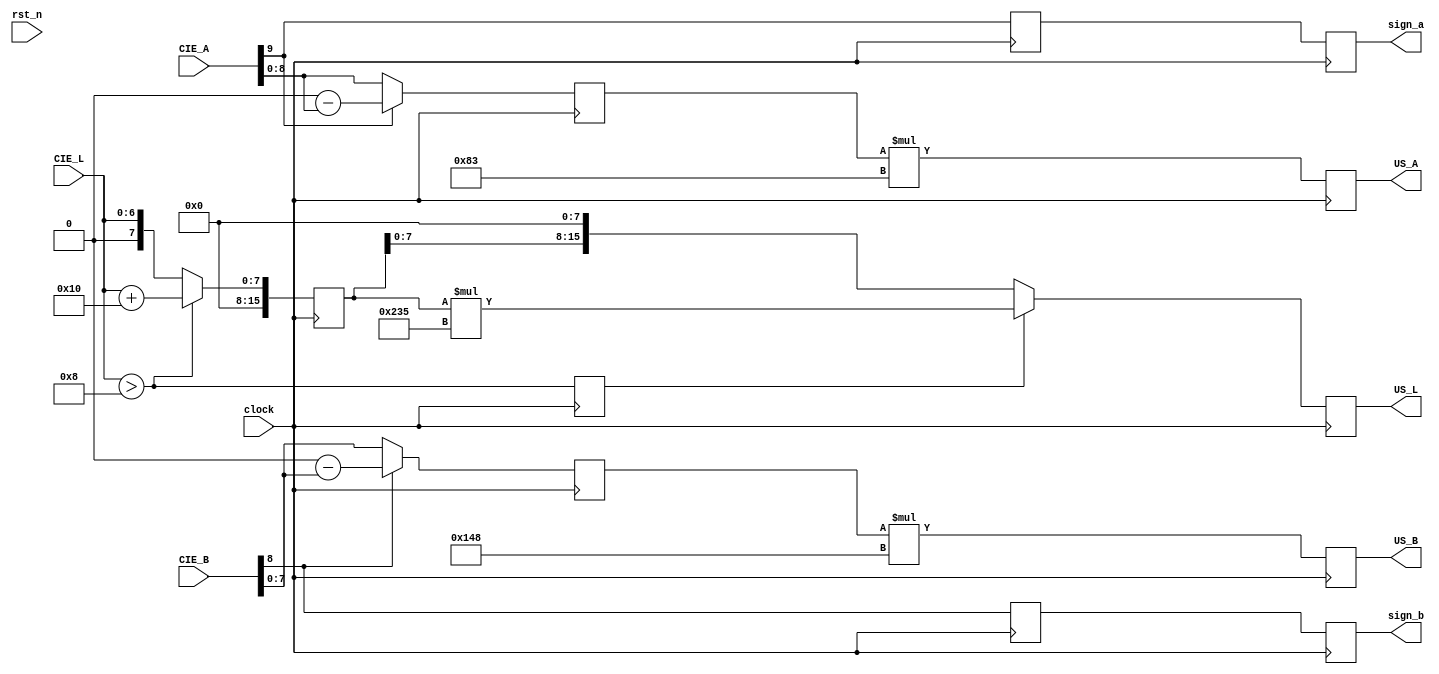
/****************************************
______________                ______________
______________ \  /\  /|\  /| ______________
______________  \/  \/ | \/ | ______________
--Module Name:  lab_map_space.v
--Project Name: rgb-lab
--Data modified: 2015-10-09 13:23:48 +0800
--author:Young-
--E-mail: wmy367@Gmail.com
****************************************/
`timescale 1ns/1ps
module lab_map_space #(
	parameter	DSIZE	= 16
)(
	input				clock  		,
	input				rst_n       ,
	input [6:0]			CIE_L       ,
	input [9:0] 		CIE_A       ,
	input [8:0]			CIE_B       ,
	output[DSIZE-1:0]	US_L        ,
	output[DSIZE-1:0]	US_A        ,
	output[DSIZE-1:0]	US_B        ,
	output				sign_a      ,
	output				sign_b
);

//--->> L / 116 <<------------

localparam [DSIZE-6:0]	M116	=  0.008620 * (2**DSIZE);
localparam [DSIZE-2:0]	M16		=   0.13793 * (2**DSIZE);

wire[DSIZE-5+7-1:0]	Mfy;
assign	Mfy	= CIE_L * M116;

reg [DSIZE-1:0]		Sfy;
reg	[DSIZE-2:0]		SM16;
reg					up8;

always@(posedge clock)begin
//	Sfy		<= Mfy[DSIZE-5+7-1-:DSIZE];
	Sfy		<= (CIE_L>8)? CIE_L + 16 : CIE_L;
	up8		<= CIE_L > 8;
end


reg [DSIZE-1:0]	Fy;

always@(posedge clock)
//	Fy	<= Sfy + M16;
	Fy	<= up8? Sfy * M116 : (Sfy << 8);

//---<< L / 116 >>------------
//--->> A / 500 <<------------
reg [8:0]		abs_adata;
reg				sign_adata;

always@(posedge clock)begin
	abs_adata	<= CIE_A[9]? 10'd512 - CIE_A[8:0] : CIE_A[8:0];
	sign_adata	<= CIE_A[9];
end

localparam	[DSIZE-6:0]	M500	= 0.002 * (2**DSIZE);

wire[DSIZE-5+9-1:0]		Mfx;
assign	Mfx		= abs_adata * M500;

reg [DSIZE-1:0]	Fx;
reg				sign_Fx;
always@(posedge clock)begin
	Fx		<= Mfx[0+:DSIZE];
	sign_Fx	<= sign_adata;
end
//---<< A / 500 >>------------
//--->> B / 200 <<------------
reg [7:0]		abs_bdata;
reg				sign_bdata;

always@(posedge clock)begin
	abs_bdata	<= CIE_B[8]? 10'd256 - CIE_B[7:0] : CIE_B[7:0];
	sign_bdata	<= CIE_B[8];
end

localparam	[DSIZE-6:0]	M200	= 0.005 * (2**DSIZE);

wire[DSIZE-5+8-1:0]		Mfz;
assign	Mfz		= abs_bdata * M200;

reg [DSIZE-1:0]		Fz;
reg					sign_Fz;
always@(posedge clock)begin
	Fz		<= Mfz[0+:DSIZE];
	sign_Fz	<= sign_bdata;
end
//---<< B / 200 >>------------

assign	US_L	= Fy;
assign	US_A	= Fx;
assign	US_B	= Fz;

assign	sign_a	= sign_Fx;
assign	sign_b	= sign_Fz;

endmodule